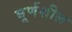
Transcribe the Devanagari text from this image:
घूर्णशील